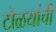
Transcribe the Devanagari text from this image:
टोळयांची